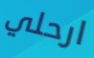
ارحلي